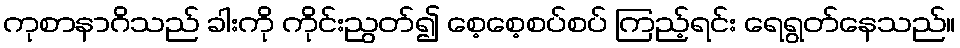
ကုစာနာဂိသည် ခါးကို ကိုင်းညွတ်၍ စေ့စေ့စပ်စပ် ကြည့်ရင်း ရေရွတ်နေသည်။